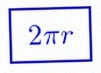
2\pi r